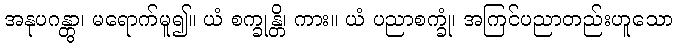
အနုပဂန္တွာ၊ မရောက်မူ၍။ ယံ စက္ခုန္တိ၊ ကား။ ယံ ပညာစက္ခုံ၊ အကြင်ပညာတည်းဟူသော